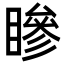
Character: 𥊀